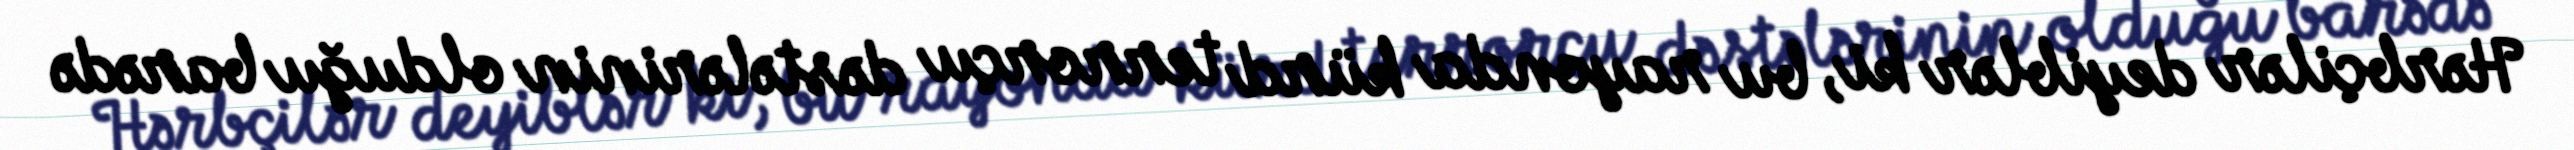
Hərbçilər deyiblər ki, bu rayonda kürd terrorçu dəstələrinin olduğu barədə